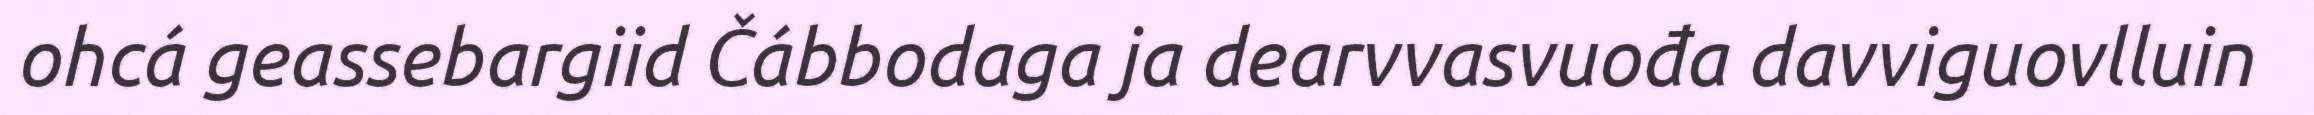
ohcá geassebargiid Čábbodaga ja dearvvasvuođa davviguovlluin